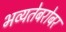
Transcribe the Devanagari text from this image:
भव्यतेबरोबर